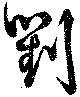
劉